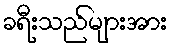
ခရီးသည်များအား